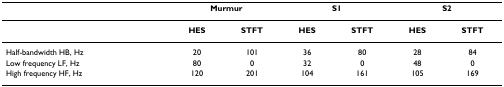
<table><thead><tr><td></td><td colspan="2"><b>Murmur</b></td><td colspan="2"><b>S1</b></td><td colspan="2"><b>S2</b></td></tr></thead><tbody><tr><td></td><td><b>HES</b></td><td><b>STFT</b></td><td><b>HES</b></td><td><b>STFT</b></td><td><b>HES</b></td><td><b>STFT</b></td></tr><tr><td>Half-bandwidth HB, Hz</td><td>20</td><td>101</td><td>36</td><td>80</td><td>28</td><td>84</td></tr><tr><td>Low frequency LF, Hz</td><td>80</td><td>0</td><td>32</td><td>0</td><td>48</td><td>0</td></tr><tr><td>High frequency HF, Hz</td><td>120</td><td>201</td><td>104</td><td>161</td><td>105</td><td>169</td></tr></tbody></table>